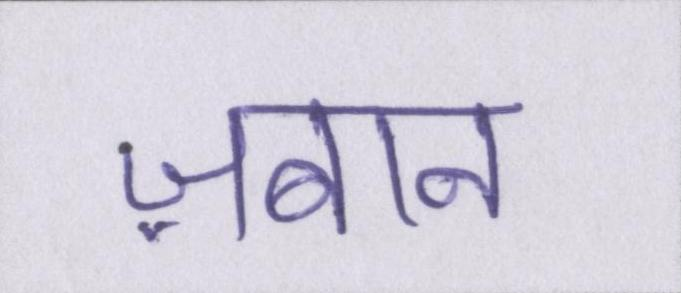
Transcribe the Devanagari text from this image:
ज़बान